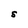
Character: S